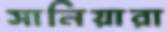
সানিয়ারা